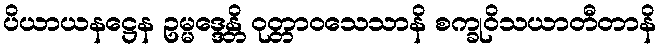
ပိယာယနဋ္ဌေန ဥမ္မဒ္ဒေန္တိ ဝုတ္တာဝသေသာနိ စက္ခုဝိသယာတီတာနိ